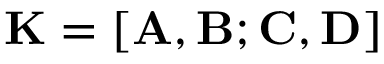
{ \bf K } = [ { \bf A } , { \bf B } ; { \bf C } , { \bf D } ]